Vaccination in Bombay 1856-1862 - 1856-1862
Year: 1856
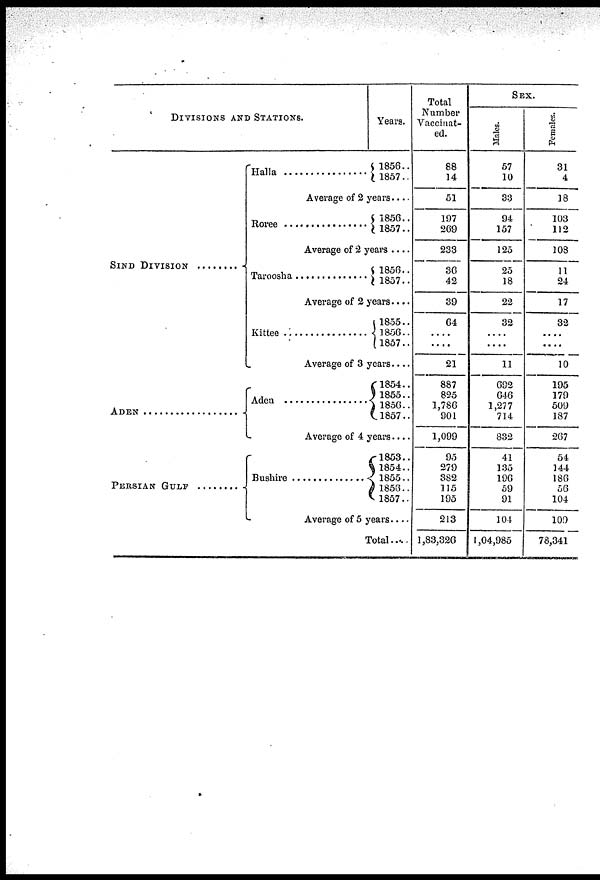
DIVISIONS AND STATIONS.
SIND DIVISIONS........
ADEN ..................
PERSIAN GULF ........
Halla................
Years.
1856..
1857..
Average of 2 years....
Roree................
1856..
1857..
Average of 2 years ....
Taroosha..............
1856..
1857..
Average of 2 years....
Kittee................
1855..
1856..
1857..
Average of 3 years....
Aden................
l854..
1855..
1856..
1857..
Average of 4 years....
Bushire................
1853..
1854..
1855..
1856..
1857..
Average of 5 years....
Total....
Total
Number
Vaccinat-
ed.
88
14
51
197
269
233
36
42
39
64
.... ....
21
887
825
1,786
901
1,099
95
279
382
115
195
213
1,83,326
SEX.
Males.
57
10
33
94
157
125
25
18
22
32
.... ....
11
692
646
1,277
714
832
41
135
196
59
91
104
1,04,985
Females.
31
4
18
103
112
108
11
24
17
32
.... ....
10
195
179
509
187
267
54
144
186
56
104
109
78,341